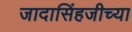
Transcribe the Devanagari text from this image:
जादासिंहजीच्या